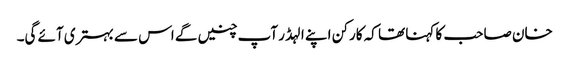
خان صاحب کا کہنا تھا کہ کارکن اپنے الہڈر آپ چنیں گے اس سے بہتری آئے گی۔